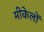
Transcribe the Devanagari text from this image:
मीकेलों